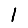
Digit: 1